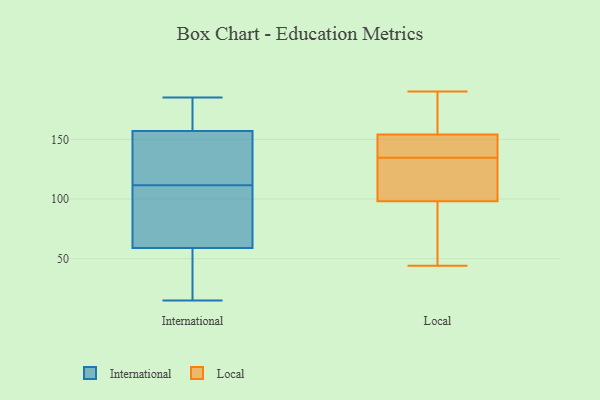
{"axis": {"x": "Energy Usage (MWh)", "y": "Value"}, "legend": ["International", "Local"], "data": [{"x": "", "y": 104, "type": "International"}, {"x": "", "y": 33, "type": "International"}, {"x": "", "y": 181, "type": "International"}, {"x": "", "y": 15, "type": "International"}, {"x": "", "y": 174, "type": "International"}, {"x": "", "y": 125, "type": "International"}, {"x": "", "y": 163, "type": "International"}, {"x": "", "y": 71, "type": "International"}, {"x": "", "y": 105, "type": "International"}, {"x": "", "y": 118, "type": "International"}, {"x": "", "y": 151, "type": "International"}, {"x": "", "y": 80, "type": "International"}, {"x": "", "y": 128, "type": "International"}, {"x": "", "y": 185, "type": "International"}, {"x": "", "y": 166, "type": "International"}, {"x": "", "y": 47, "type": "International"}, {"x": "", "y": 18, "type": "International"}, {"x": "", "y": 39, "type": "International"}, {"x": "", "y": 146, "type": "International"}, {"x": "", "y": 91, "type": "International"}, {"x": "", "y": 157, "type": "Local"}, {"x": "", "y": 87, "type": "Local"}, {"x": "", "y": 67, "type": "Local"}, {"x": "", "y": 190, "type": "Local"}, {"x": "", "y": 154, "type": "Local"}, {"x": "", "y": 129, "type": "Local"}, {"x": "", "y": 188, "type": "Local"}, {"x": "", "y": 67, "type": "Local"}, {"x": "", "y": 98, "type": "Local"}, {"x": "", "y": 152, "type": "Local"}, {"x": "", "y": 140, "type": "Local"}, {"x": "", "y": 118, "type": "Local"}, {"x": "", "y": 176, "type": "Local"}, {"x": "", "y": 44, "type": "Local"}, {"x": "", "y": 111, "type": "Local"}, {"x": "", "y": 148, "type": "Local"}, {"x": "", "y": 141, "type": "Local"}, {"x": "", "y": 110, "type": "Local"}]}